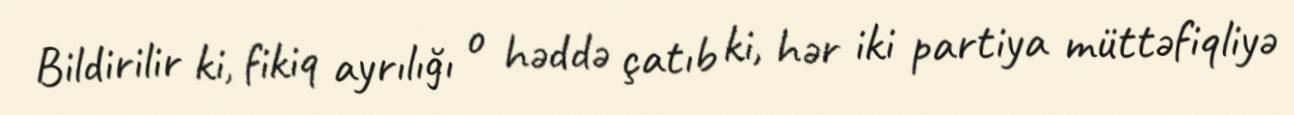
Bildirilir ki, fikiq ayrılığı o həddə çatıb ki, hər iki partiya müttəfiqliyə